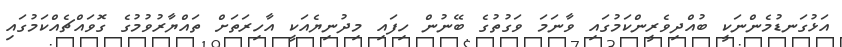
އަޅުގަނޑުމެންނަކީ ބުއްދިވެރީންކަމުގައި ވާނަމަ ވަގުތުގެ ބޭނުން ހިފައި މިދުނިޔެއަކީ އާހިރަތަށް ތައްޔާރުވުމުގެ ގޮވައްޗެއްކަމުގައި